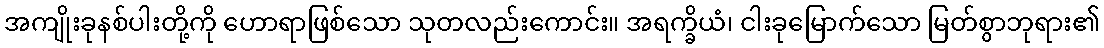
အကျိုးခုနစ်ပါးတို့ကို ဟောရာဖြစ်သော သုတလည်းကောင်း။ အရက္ခိယံ၊ ငါးခုမြောက်သော မြတ်စွာဘုရား၏